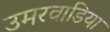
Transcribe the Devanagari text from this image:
उमरवाडिया